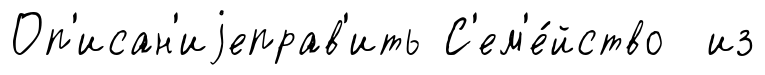
Оп'исан'иjеправ'ить С'ем'е́йство из